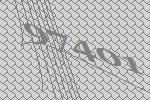
97401